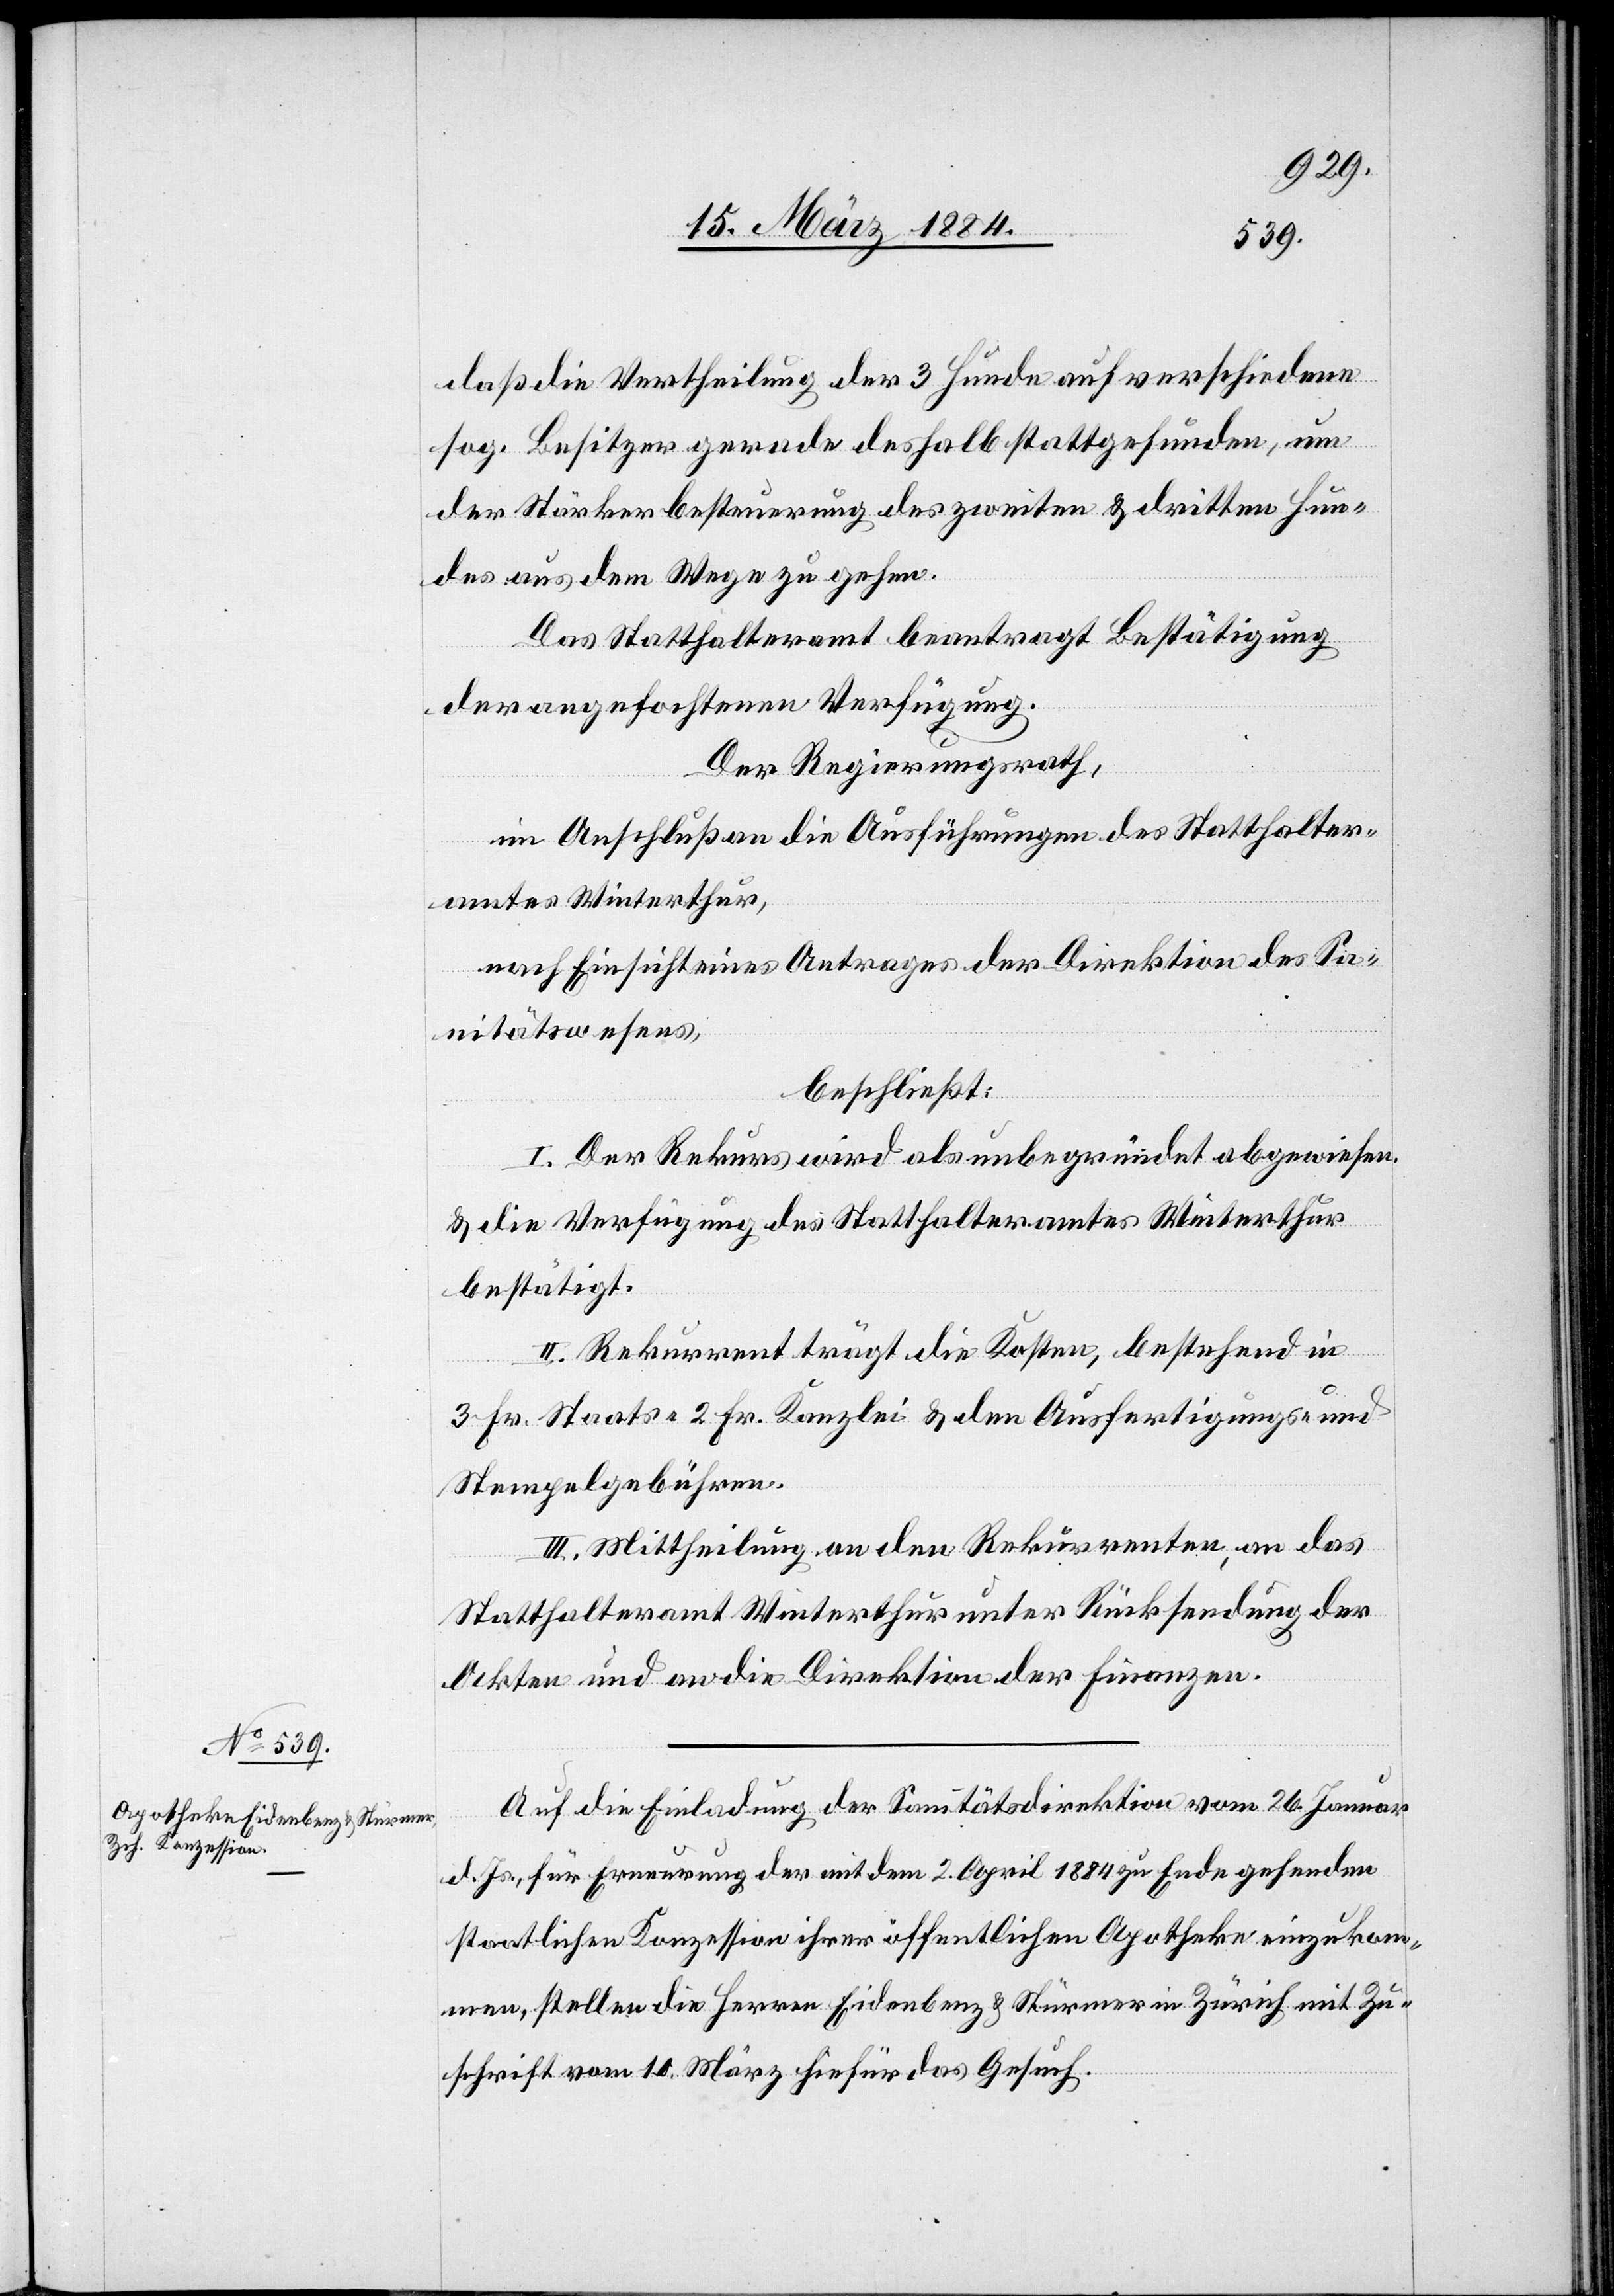
daß die Vertheilung der 3 Hunde auf verschiedene
sog. Besitzer gerade deshalb stattgefunden, um
der Stärkerbesteuerung des zweiten & dritten Hun¬
des aus dem Wege zu gehen.
Das Statthalteramt beantragt Bestätigung
der angefochtenen Verfügung.
Der Regierungsrath,
im Anschluß an die Ausführungen des Statthalter¬
amtes Winterthur,
nach Einsicht eines Antrages der Direktion des Sa¬
nitätswesens,
beschließt:
I. Der Rekurs wird als unbegründet abgewiesen
& die Verfügung des Statthalteramtes Winterthur
bestätigt.
II. Rekurrent trägt die Kosten, bestehend in
3 Fr. Staats-, 2 Fr. Kanzlei-, & den Ausfertigungs- und
Stempelgebühren.
III. Mittheilung an den Rekurrenten & an das
Statthalteramt Winterthur unter Rücksendung der
Akten und an die Direktion der Finanzen.
Auf die Einladung der Sanitätsdirektion vom 26. Januar
d. Js. für Erneuerung der mit dem 2. April 1884 zu Ende gehenden
staatlichen Konzession ihrer öffentlichen Apotheke einzukom¬
men, stellen die Herren Eidenbenz & Stürmer in Zürich, mit Zu¬
schrift vom 10. März hiefür das Gesuch.